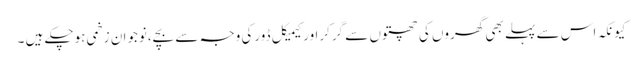
کیونکہ اس سے پہلے بھی گھروں کی چھتوں سے گرکراورکیمیکل ڈورکی وجہ سے بچے،نوجوان زخمی ہوچکے ہیں ۔